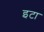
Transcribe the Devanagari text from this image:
इटा